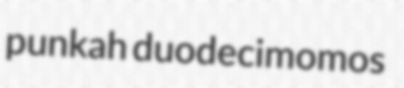
punkah duodecimomos